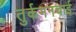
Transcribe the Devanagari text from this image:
तुर्कमनचाई